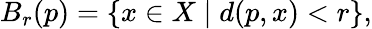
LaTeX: B_{r}(p)=\{ x\in X\mid d(p,x)<r\} ,